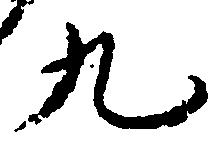
九